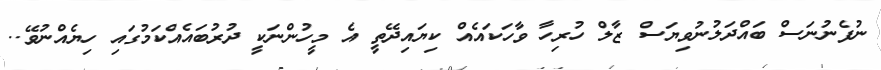
ނުފެނުނަސް ބައްދަލުނުވިޔަސް ޒާލް ހުރިހާ ވާހަކައެއް ކިޔައިދޭތީ އެ މީހުންނަކީ ދުރުބައެއްކަމުގައި ހިޔެއްނުވޭ..